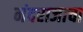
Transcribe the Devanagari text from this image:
नंदराजाचा